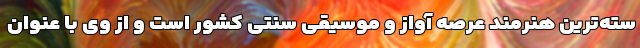
سته‌ترین هنرمند عرصه آواز و موسیقی سنتی کشور است و از وی با عنوان